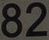
82